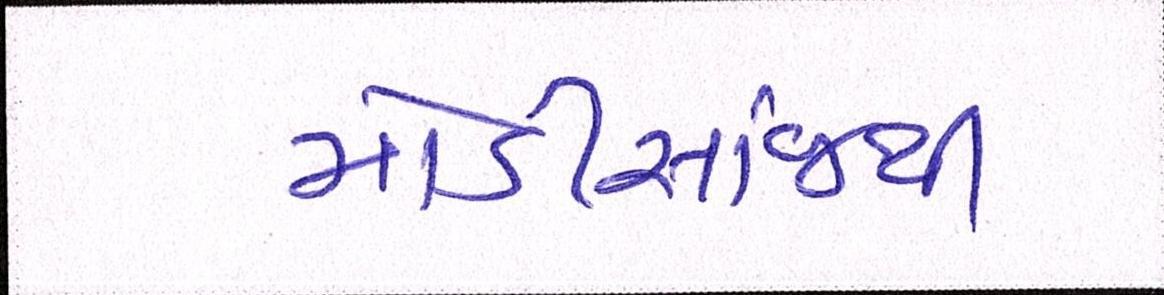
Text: મોડીસાંજથી